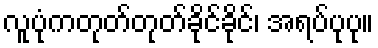
လူပုံကတုတ်တုတ်ခိုင်ခိုင်၊ အရပ်ပုပု။